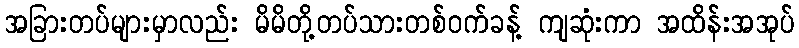
အခြားတပ်များမှာလည်း မိမိတို့တပ်သားတစ်ဝက်ခန့် ကျဆုံးကာ အထိန်းအအုပ်